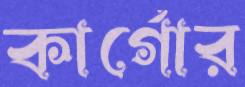
কার্গোর